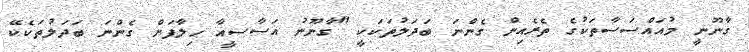
ގާނޫނީ މުއައްސަސާތަކުގެ ތެރެއިން ގެންނަ ބަދަލުތަކަކީ "ގާނޫނު އަސާސީއާ ހިލާފަށް ގެންނަ ބަދަލުތަކެކޭ